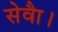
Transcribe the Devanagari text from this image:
सेवाै।